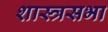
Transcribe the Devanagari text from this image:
शास्त्रसभा